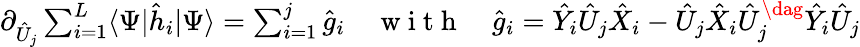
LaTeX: \textstyle\partial_{\hat{U}_{j}}\sum_{i=1}^{L}\langle\Psi|\hat{h}_{i}|\Psi\rangle\stackrel{}{=}\sum_{i=1}^{j}\hat{g}_{i}\quad\mathrm{~w~i~t~h~}\quad\hat{g}_{i}\stackrel{}{=}\hat{Y}_{i}\hat{U}_{j}\hat{X}_{i}-\hat{U}_{j}\hat{X}_{i}\hat{U}_{j}^{\dag}\hat{Y}_{i}\hat{U}_{j}